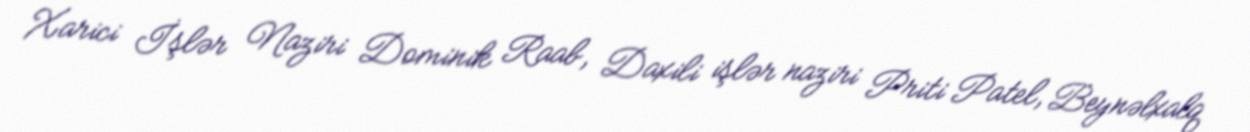
Xarici İşlər Naziri Dominik Raab, Daxili işlər naziri Priti Patel, Beynəlxalq